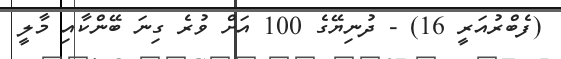
(ފެބްރުއަރީ 16) - ދުނިޔޭގެ 100 އަށް ވުރެ ގިނަ ބޭންކާއި މާލީ